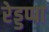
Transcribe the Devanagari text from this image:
रेड्डप्पा